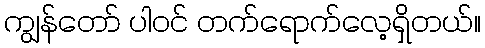
ကျွန်တော် ပါဝင် တက်ရောက်လေ့ရှိတယ်။